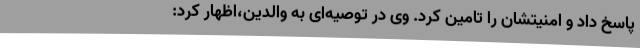
پاسخ داد و امنیتشان را تامین کرد. وی در توصیه‌ای به والدین،اظهار کرد: